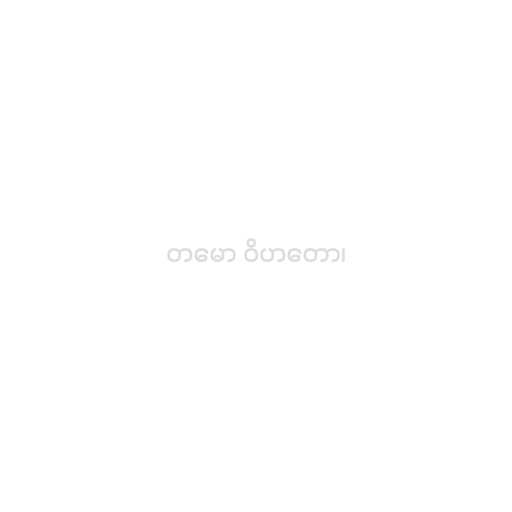
တမော ဝိဟတော၊